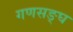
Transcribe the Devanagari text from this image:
गणसङ्घ